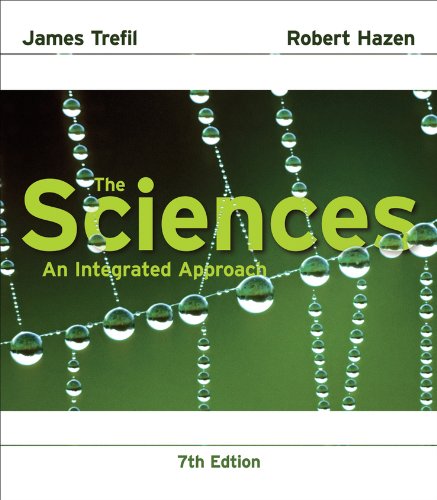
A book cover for The Sciences: An Integrated Approach; James Trefil; Science & Math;